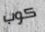
كوب